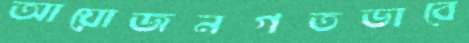
আয়োজনগতভাবে